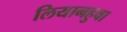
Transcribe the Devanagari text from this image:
लियानहुवा